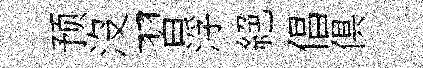
预沒習浮絶倡俱